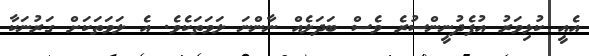
އެއީ ކުޅިވަރު އުފެދުނީންސުރެ ވެސް ބަދަލެއް ނާންނަ ލަވަތަކެވެ. އެ ލަވަތަކަށް ގަރުނަކާ